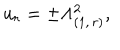
LaTeX: u _ { r } = \pm \Lambda _ { ( 1 , \, r ) } ^ { 2 } ,